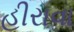
હીરાવા